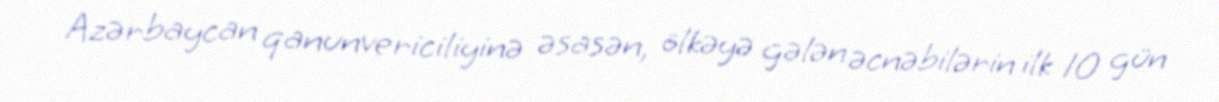
Azərbaycan qanunvericiliyinə əsasən, ölkəyə gələn əcnəbilərin ilk 10 gün